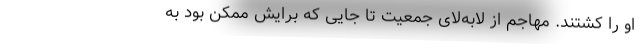
او را کشتند. مهاجم از لابه‌لای جمعیت تا جایی که برایش ممکن بود به